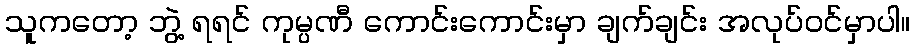
သူကတော့ ဘွဲ့ ရရင် ကုမ္ပဏီ ကောင်းကောင်းမှာ ချက်ချင်း အလုပ်ဝင်မှာပါ။